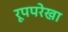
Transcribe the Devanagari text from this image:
रूपपरेखा